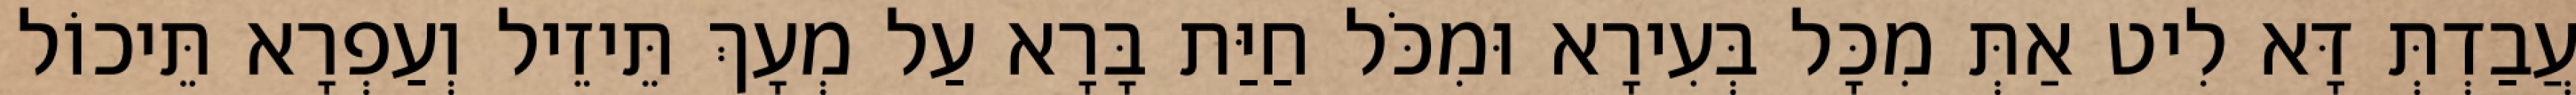
עֲבַדְתְּ דָּא לִיט אַתְּ מִכָּל בְּעִירָא וּמִכֹּל חַיַּת בָּרָא עַל מְעָךְ תֵּיזֵיל וְעַפְרָא תֵּיכוֹל